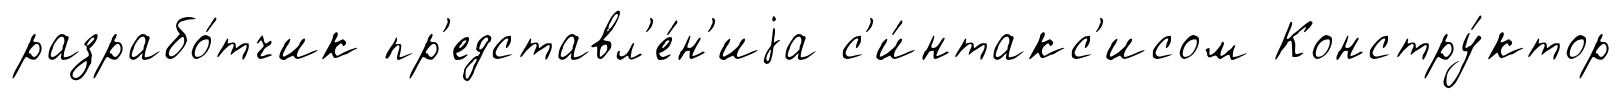
разрабо́тчик пр'едставл'е́н'иjа с'и́нтакс'исом Констру́ктор